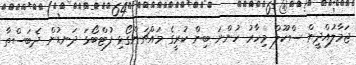
ޖަމާލުއްދީން ސްކޫލް މިހާރު ހުންނަ ބިން ކުރީގެ މައްޗަންގޯޅި ފުޓްބޯޅަ ދަނޑުން ދެބަސްތާ